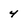
Character: 4